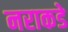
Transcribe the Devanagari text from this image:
नराकडे